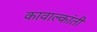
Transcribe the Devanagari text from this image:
कावाल्कांती